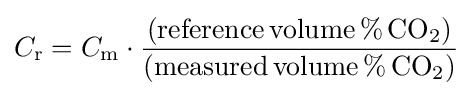
C_{\mathrm {r} }=C_{\mathrm {m} }\cdot {\frac {(\mathrm {reference\,volume\,\%\,CO_{2}} )}{(\mathrm {measured\,volume\,\%\,CO_{2}} )}}